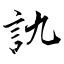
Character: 訅